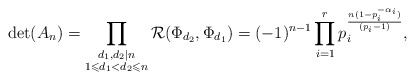
\begin{align*}\det(A_n) = \prod_{\substack{d_1, d_2 \mid n \\ 1 \leqslant d_1 < d_2 \leqslant n}} \mathcal{R}(\Phi_{d_2}, \Phi_{d_1}) = (-1)^{n-1} \prod_{i=1}^r p_i^{\frac {n(1-p_i^{-\alpha_i})} {(p_i-1)}},\end{align*}